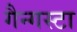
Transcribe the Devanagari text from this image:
गैन्गस्टा